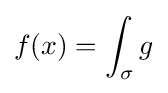
f(x)=\int _{\sigma }g